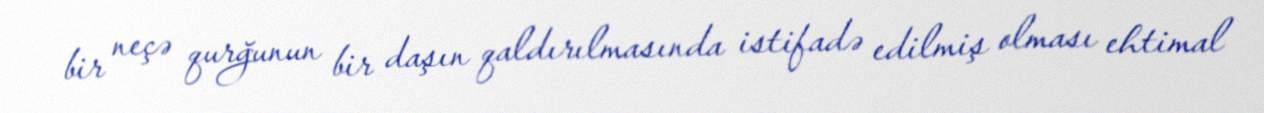
bir neçə qurğunun bir daşın qaldırılmasında istifadə edilmiş olması ehtimal